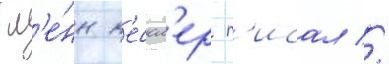
Гл'е́нн к'ессл'ер п'исал //